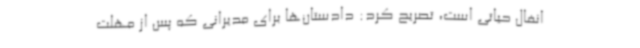
انفال حیاتی است، تصریح کرد: دادستان‌ها برای مدیرانی که پس از مهلت